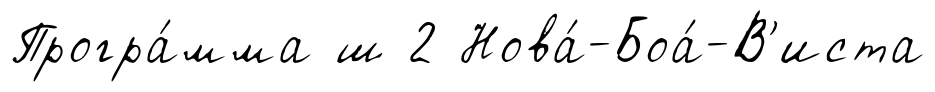
Програ́мма ш 2 Нова́-Боа́-В'иста